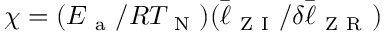
\chi = ( E _ { \mathrm { ~ a ~ } } / R T _ { \mathrm { ~ N ~ } } ) ( \bar { \ell } _ { \mathrm { ~ Z ~ I ~ } } / \delta \bar { \ell } _ { \mathrm { ~ Z ~ R ~ } } )